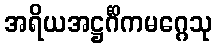
အရိယအဋ္ဌင်္ဂိကမဂ္ဂေသု